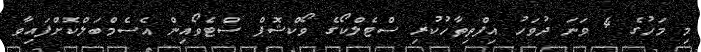
މި މަހުގެ 4 ވަނަ ދުވަހު އިފްތިތާހުކުރި ސްޓެލްކޯގެ ވޯކްޝޮޕް ސްޓެވޯއިން އެސެމްބަލްކޮށްފައިވާ